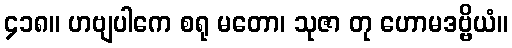
၄၁၈။ ဟဗျပါကေ စရု မတော၊ သုဇာ တု ဟောမဒဗ္ဗိယံ။